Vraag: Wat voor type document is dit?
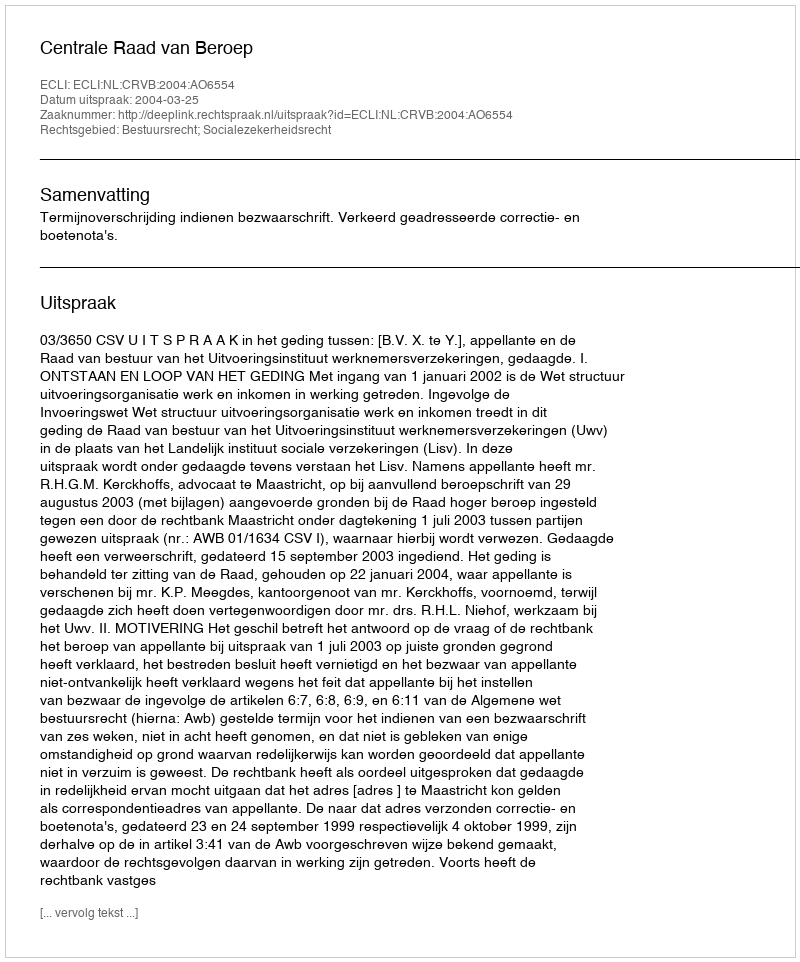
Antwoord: Uitspraak